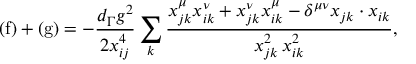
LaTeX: \mathrm { ( f ) } + \mathrm { ( g ) } = - \frac { d _ { \Gamma } g ^ { 2 } } { 2 x _ { i j } ^ { 4 } } \sum _ { k } \frac { x _ { j k } ^ { \mu } x _ { i k } ^ { \nu } + x _ { j k } ^ { \nu } x _ { i k } ^ { \mu } - \delta ^ { \mu \nu } x _ { j k } \cdot x _ { i k } } { x _ { j k } ^ { 2 } \, x _ { i k } ^ { 2 } } ,